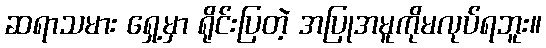
ဆရာသမား ရှေ့မှာ ရိုင်းပြတဲ့ အပြုအမူကိုမလုပ်ရဘူး။